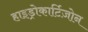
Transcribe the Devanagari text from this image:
हाइड्रोकार्टिज़ोन